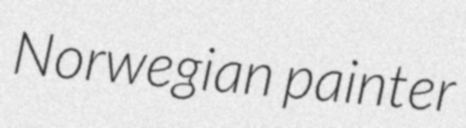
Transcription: Norwegian painter